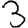
Digit: 3